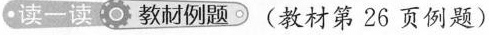
读一读 教材例题 (教材第26页例题)